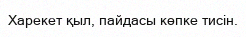
Харекет қыл, пайдасы көпке тисін.